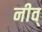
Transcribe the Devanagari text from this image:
नीव्